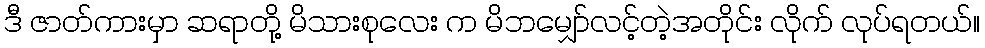
ဒီ ဇာတ်ကားမှာ ဆရာတို့ မိသားစုလေး က မိဘမျှော်လင့်တဲ့အတိုင်း လိုက် လုပ်ရတယ်။